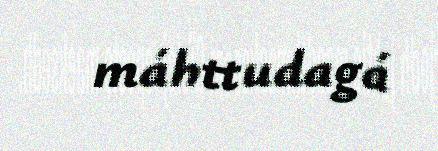
máhttudagá